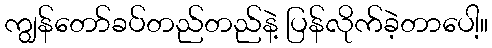
ကျွန်တော်ခပ်တည်တည်နဲ့ ပြန်လိုက်ခဲ့တာပေါ့။